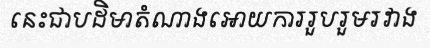
នេះជាបដិមាតំណាងអោយការរួបរួមរវាង